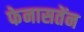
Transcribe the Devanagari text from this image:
फेनासतेंन